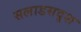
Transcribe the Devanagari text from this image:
सलाडसदृश